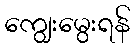
ကျွေးမွေးရန်